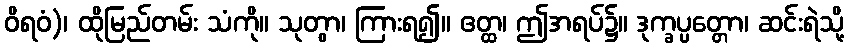
ဝိရဝံ)၊ ထိုမြည်တမ်း သံကို။ သုတွာ၊ ကြားရ၍။ ဧတ္ထ၊ ဤအရပ်၌။ ဒုက္ခပ္ပတ္တော၊ ဆင်းရဲသို့